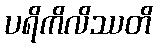
ပရိကိလိဿတိ